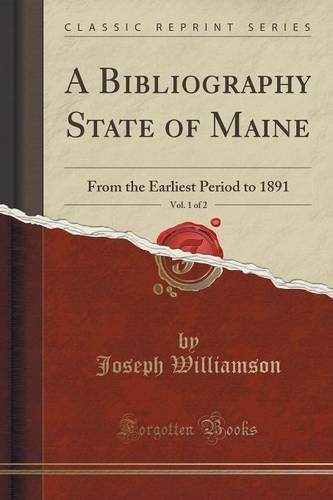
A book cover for A Bibliography State of Maine, Vol. 1 of 2: From the Earliest Period to 1891 (Classic Reprint); Joseph Williamson; Reference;